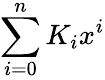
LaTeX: \sum_{i=0}^{n}K_{i}x^{i}